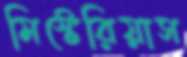
মিস্টেরিয়াস